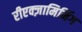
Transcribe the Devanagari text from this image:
रीएक्ज़ामिनिंग